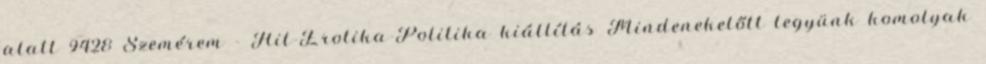
alatt 9428 Szemérem - Hit-Erotika-Politika kiállítás Mindenekelőtt legyünk komolyak